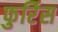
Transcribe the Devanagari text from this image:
फुर्रिेस